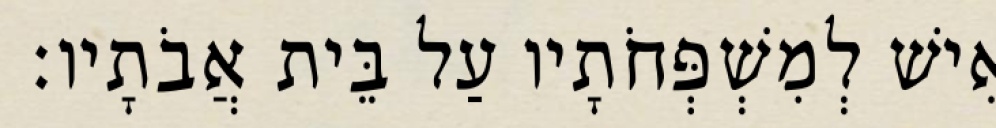
אִישׁ לְמִשְׁפְּחֹתָיו עַל בֵּית אֲבֹתָיו׃